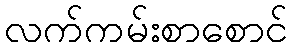
လက်ကမ်းစာစောင်